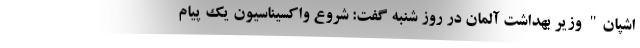
اشپان" وزیر بهداشت آلمان در روز شنبه گفت: شروع واکسیناسیون یک پیام